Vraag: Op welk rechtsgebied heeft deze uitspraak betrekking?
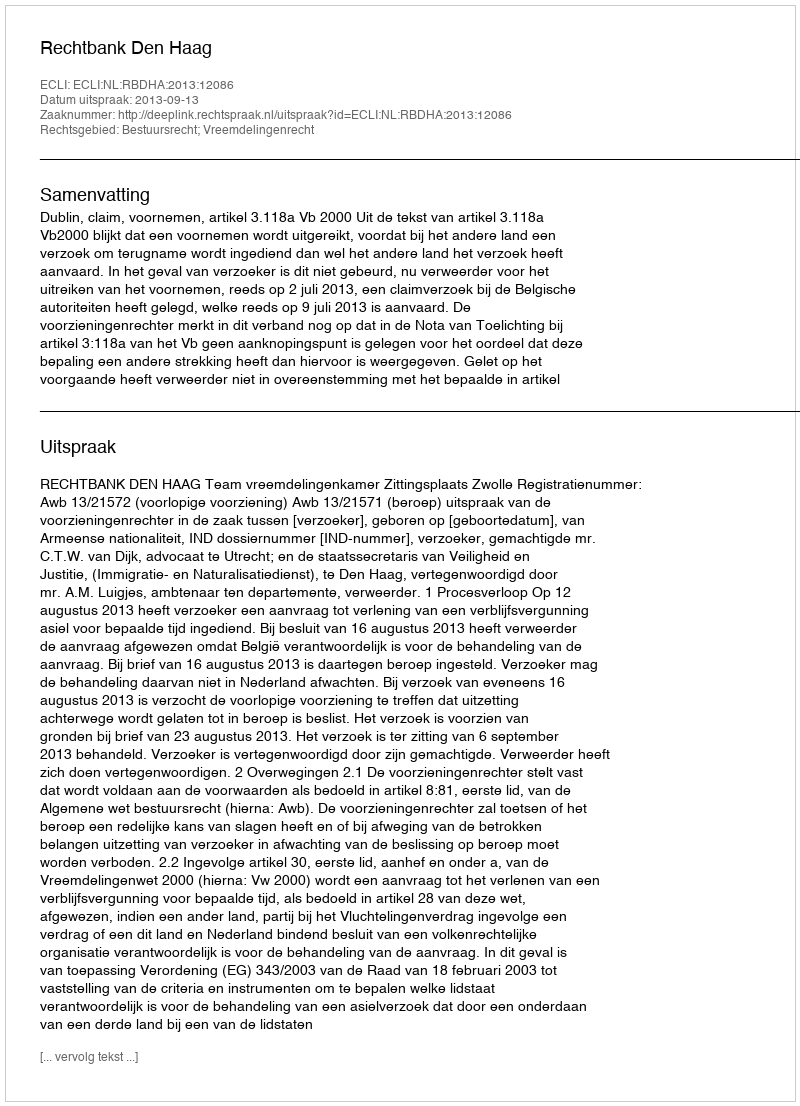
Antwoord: Bestuursrecht; Vreemdelingenrecht